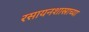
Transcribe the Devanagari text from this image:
रसायनशास्राच्या